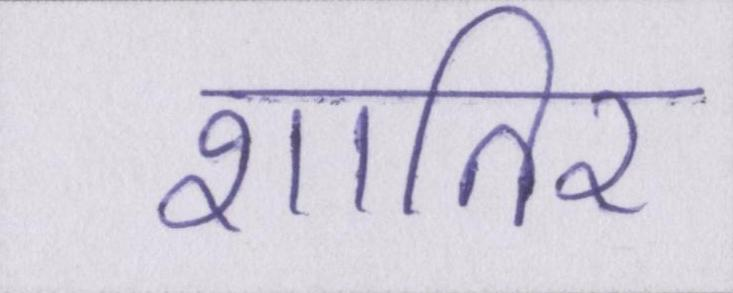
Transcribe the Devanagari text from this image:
शातिर